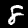
Digit: 8